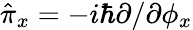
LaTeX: \hat{\pi}_{x}=-i\hbar\partial/\partial\phi_{x}